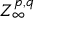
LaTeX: Z _ { \infty } ^ { p , q }